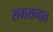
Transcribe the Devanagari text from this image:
रामयनात